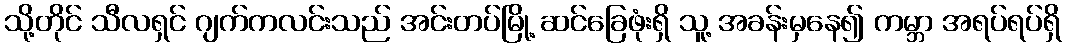
သို့တိုင် သီလရှင် ဂျက်ကလင်းသည် အင်းတပ်မြို့ ဆင်ခြေဖုံးရှိ သူ့ အခန်းမှနေ၍ ကမ္ဘာ အရပ်ရပ်ရှိ